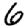
Digit: 6